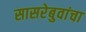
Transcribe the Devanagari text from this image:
सासरेबुवांचा